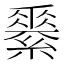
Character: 𦅽